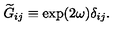
{ \widetilde G } _ { i j } \equiv \exp ( 2 \omega ) \delta _ { i j } .